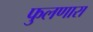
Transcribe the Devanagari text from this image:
फुलणारा